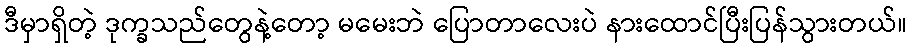
ဒီမှာရှိတဲ့ ဒုက္ခသည်တွေနဲ့တော့ မမေးဘဲ ပြောတာလေးပဲ နားထောင်ပြီးပြန်သွားတယ်။